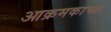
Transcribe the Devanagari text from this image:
आक्रमकाच्या